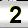
Digit: 2